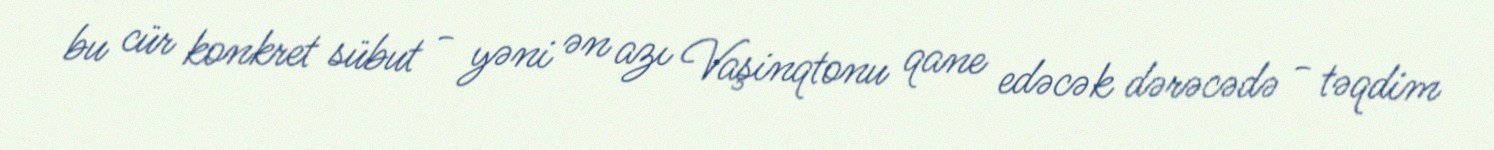
bu cür konkret sübut - yəni ən azı Vaşinqtonu qane edəcək dərəcədə - təqdim